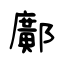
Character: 鄺